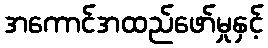
အကောင်အထည်ဖော်မှုနှင့်